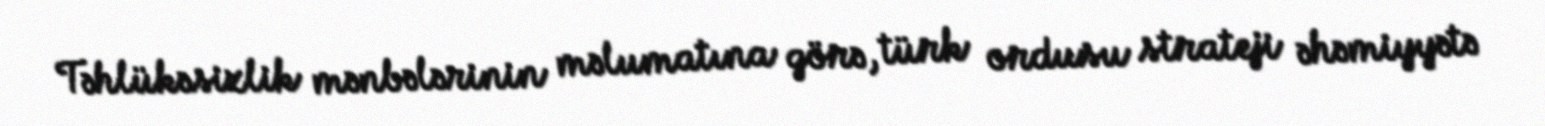
Təhlükəsizlik mənbələrinin məlumatına görə, türk ordusu strateji əhəmiyyətə